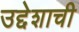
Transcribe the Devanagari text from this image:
उद्देशाची